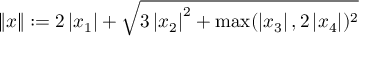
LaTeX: \left\| x \right\| : = 2 \left| x _ { 1 } \right| + { \sqrt { 3 \left| x _ { 2 } \right| ^ { 2 } + \operatorname* { m a x } ( \left| x _ { 3 } \right| , 2 \left| x _ { 4 } \right| ) ^ { 2 } } }